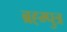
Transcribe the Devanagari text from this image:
ब्रह्म्पुत्र